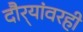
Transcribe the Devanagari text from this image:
दौर्‍यांवरही